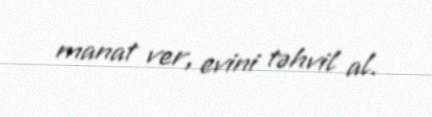
manat ver, evini təhvil al.